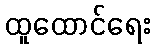
ထူထောင်ရေး